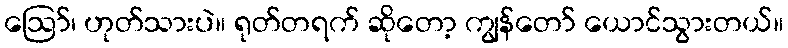
ဩော်၊ ဟုတ်သားပဲ။ ရုတ်တရက် ဆိုတော့ ကျွန်တော် ယောင်သွားတယ်။